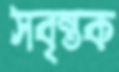
সবৃন্তক